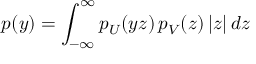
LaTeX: p ( y ) = \int _ { - \infty } ^ { \infty } p _ { U } ( y z ) \, p _ { V } ( z ) \, | z | \, d z